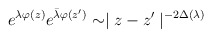
\begin{align*}e^{\lambda\varphi (z)} e^{\bar{\lambda}\varphi (z')} \sim\mid z-z' \mid^{-2\Delta(\lambda)}\end{align*}